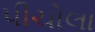
પીચોલા